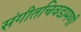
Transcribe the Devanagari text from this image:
संगीतचिवडामणी